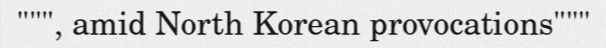
""", amid North Korean provocations"""